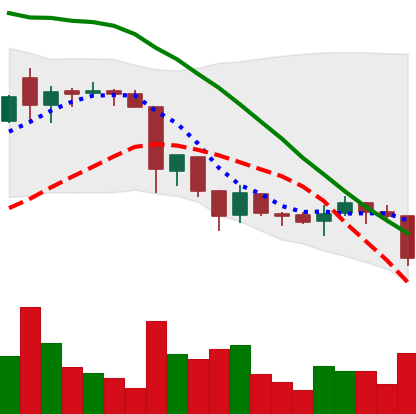
Ticker: XRP-USD
Chart end date: 2018-06-22
Forward return: -3.404%
Label: down_3_5